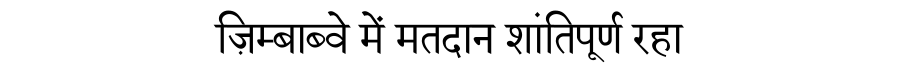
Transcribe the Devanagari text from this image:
ज़िम्बाब्वे में मतदान शांतिपूर्ण रहा